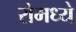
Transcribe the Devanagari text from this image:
रोमध्ये